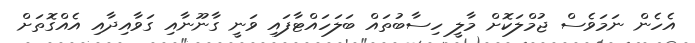
އެހެން ނަމަވެސް ޖުމްލަކޮށް މާލީ ހިސާބުތައް ބަލަހައްޓާފައި ވަނީ ގާނޫނާއި ގަވާއިދާއި އެއްގޮތަށް